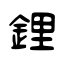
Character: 鋰